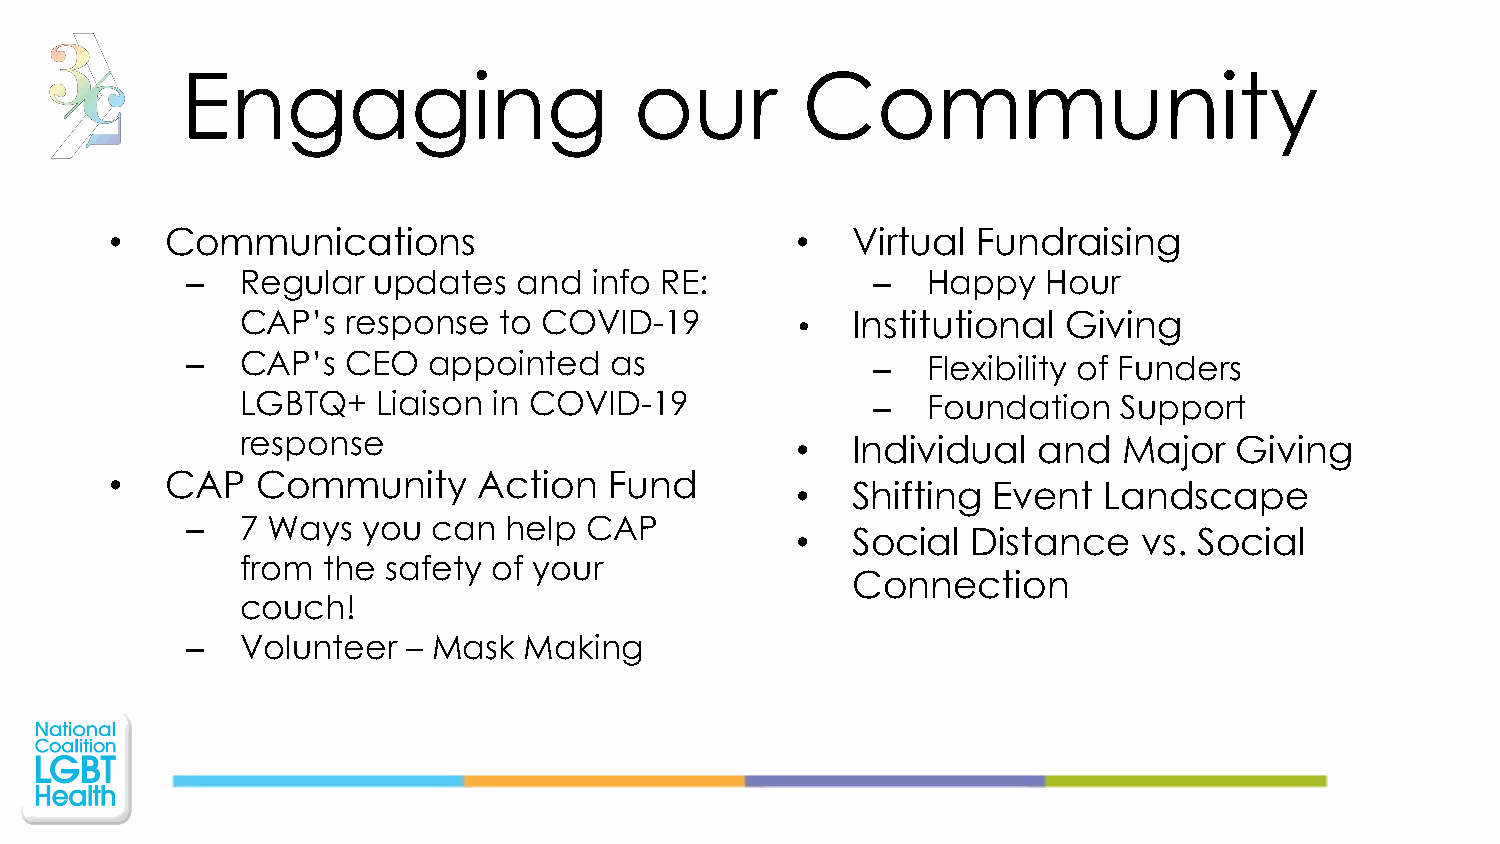
Engaging                      our        Community
 •   Communications                            •  Virtual  Fundraising
 –   Regular  updates  and  info RE:           –  Happy   Hour
 CAP’s  response  to COVID-19         •  Institutional  Giving
 –   CAP’s  CEO  appointed   as                –  Flexibility of Funders
 LGBTQ+   Liaison in COVID-19              –  Foundation   Support
 response                             •  Individual   and  Major   Giving
 •   CAP   Community      Action  Fund
 •  Shifting  Event  Landscape
 –   7 Ways  you  can help  CAP
 •  Social  Distance    vs. Social
 from the safety  of your
 Connection
 couch!
 –   Volunteer  – Mask  Making